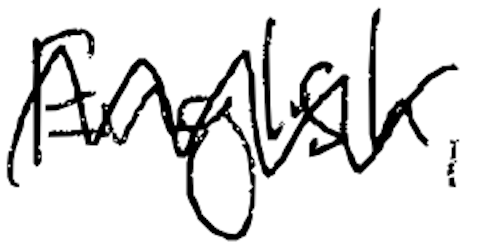
Text: English,
Cross-out: zig-zag
Writing tool: digital_black